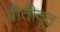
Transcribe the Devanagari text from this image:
प्रीतीदूत